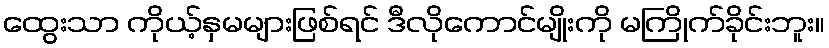
ထွေးသာ ကိုယ့်နှမများဖြစ်ရင် ဒီလိုကောင်မျိုးကို မကြိုက်ခိုင်းဘူး။